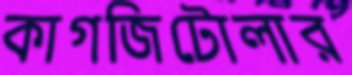
কাগজিটোলার